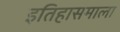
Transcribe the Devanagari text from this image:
इतिहासमाला